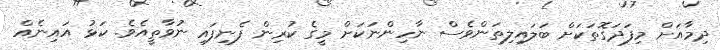
ދިމާއަށް މިފަދަގޮތަކަށް ބަލައިލިތަންވެސް ނާހިންނަކަށް މީގެ ކުރިން ފެނިފައި ނުވާތީއެވެ. ކަޅު އައިނެއް